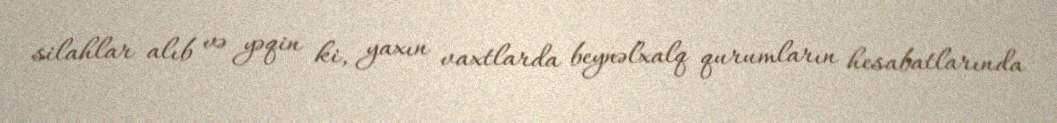
silahlar alıb və yəqin ki, yaxın vaxtlarda beynəlxalq qurumların hesabatlarında